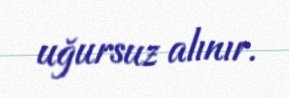
uğursuz alınır.